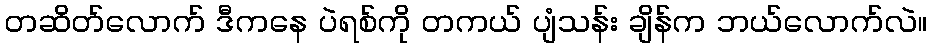
တဆိတ်လောက် ဒီကနေ ပဲရစ်ကို တကယ် ပျံသန်း ချိန်က ဘယ်လောက်လဲ။